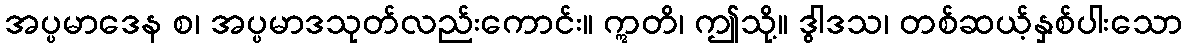
အပ္ပမာဒေန စ၊ အပ္ပမာဒသုတ်လည်းကောင်း။ ဣတိ၊ ဤသို့။ ဒွါဒသ၊ တစ်ဆယ့်နှစ်ပါးသော